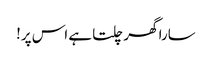
سارا گھر چلتا ہے اس پر!